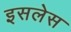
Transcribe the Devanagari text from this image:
इसलेस